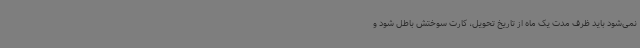
نمی‌شود باید ظرف مدت یک ماه از تاریخ تحویل، کارت سوختش باطل شود و